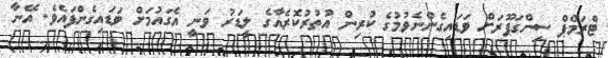
ޓްރަމްޕް ސިންގަޕޫރަށް ވަޑައިގެންނެވުމުގެ ކުރިން އުތުރުކޮރެއާގެ ލީޑަރު ވަނީ އެގައުމަށް ވަޑައިގެންފައެވެ. އޭނާ